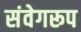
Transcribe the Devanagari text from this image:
संवेगरूप